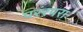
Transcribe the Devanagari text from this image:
परंरपरा